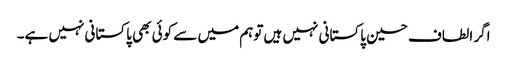
اگر الطاف حسین پاکستانی نہیں ہیں توہم میں سے کوئی بھی پاکستانی نہیں ہے۔